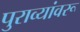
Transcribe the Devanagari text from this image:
पुराव्यांवरू